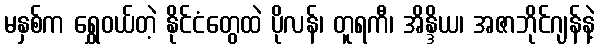
မနှစ်က ရွှေဝယ်တဲ့ နိုင်ငံတွေထဲ ပိုလန်၊ တူရကီ၊ အိန္ဒိယ၊ အဇာဘိုင်ဂျန်နဲ့